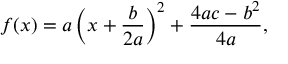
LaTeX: f ( x ) = a \left( x + { \frac { b } { 2 a } } \right) ^ { 2 } + { \frac { 4 a c - b ^ { 2 } } { 4 a } } ,